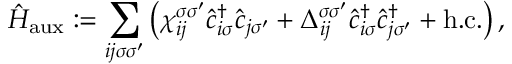
\hat { H } _ { \mathrm { a u x } } : = \sum _ { i j \sigma \sigma ^ { \prime } } \left( \chi _ { i j } ^ { \sigma \sigma ^ { \prime } } \hat { c } _ { i \sigma } ^ { \dagger } \hat { c } _ { j \sigma ^ { \prime } } + \Delta _ { i j } ^ { \sigma \sigma ^ { \prime } } \hat { c } _ { i \sigma } ^ { \dagger } \hat { c } _ { j \sigma ^ { \prime } } ^ { \dagger } + \mathrm { h . c . } \right) ,